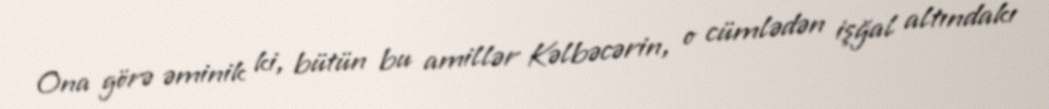
Ona görə əminik ki, bütün bu amillər Kəlbəcərin, o cümlədən işğal altındakı